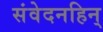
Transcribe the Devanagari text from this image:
संवेदनहिन्